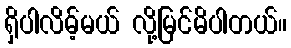
ရှိပါလိမ့်မယ် လို့မြင်မိပါတယ်။